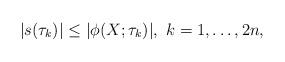
LaTeX: \begin{align*}|s(\tau_k)| \leq |\phi(X;\tau_k)|,\,\, k=1,\dots, 2n,\end{align*}